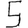
Digit: 5